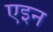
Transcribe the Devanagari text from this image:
एइन